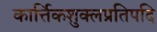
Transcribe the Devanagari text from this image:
कार्त्तिकशुक्लप्रतिपदि